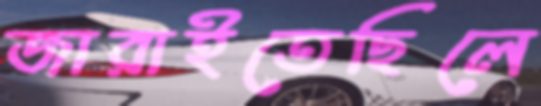
জারাইতেছিলে